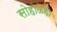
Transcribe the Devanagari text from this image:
सोहोळेही